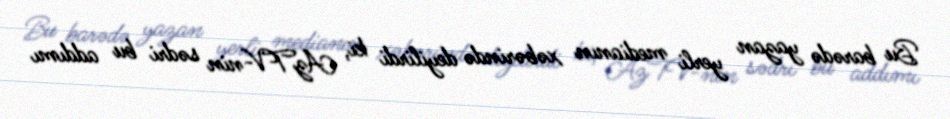
Bu barədə yazan yerli medianın xəbərində deyilirdi ki, AzTV-nin sədri bu addımı